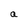
Character: a